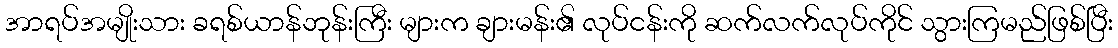
အာရပ်အမျိုးသား ခရစ်ယာန်ဘုန်းကြီး များက ချားမန်း၏ လုပ်ငန်းကို ဆက်လက်လုပ်ကိုင် သွားကြမည်ဖြစ်ပြီး